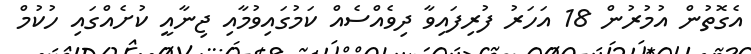
އެގޮތުން އުމުރުން 18 އަހަރު ފުރިފައިވާ ދިވެއްސެއް ކަމުގައިވުމާއި ޖިނާއީ ކުށެއްގައި ހުކުމް